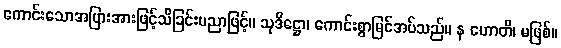
ကောင်းသောအပြားအားဖြင့်သိခြင်းပညာဖြင့်။ သုဒိဋ္ဌော၊ ကောင်းစွာမြင်အပ်သည်။ န ဟောတိ၊ မဖြစ်။